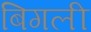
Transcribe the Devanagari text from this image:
बिगली